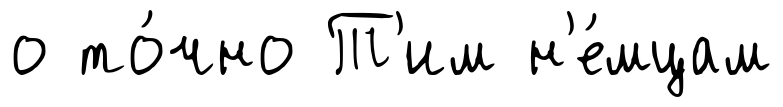
о то́чно Т'им н'е́мцам